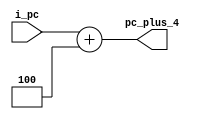
module pc_plus_4_1#(parameter width = 32)(  // Module definition with parameter for bit-width
    input [width-1:0] i_pc,                 // Input for the current program counter (PC) value
    output [width-1:0] pc_plus_4            // Output for PC value incremented by 4
    );
    assign pc_plus_4 = i_pc + 4;            // Increment the input PC value by 4 and assign to output
endmodule